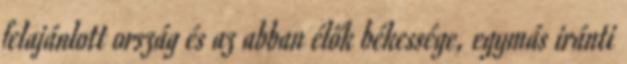
felajánlott ország és az abban élők békessége, egymás iránti